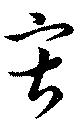
寂